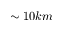
\sim 1 0 k m